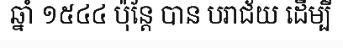
ឆ្នាំ ១៥៤៤ ប៉ុន្តែ បាន បរាជ័យ ដើម្បី